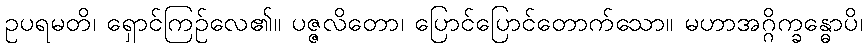
ဥပရမတိ၊ ရှောင်ကြဉ်လေ၏။ ပဇ္ဇလိတော၊ ပြောင်ပြောင်တောက်သော။ မဟာအဂ္ဂိက္ခန္ဓောပိ၊